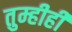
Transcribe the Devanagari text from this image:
तुम्हीही